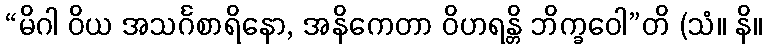
“မိဂါ ဝိယ အသင်္ဂစာရိနော, အနိကေတာ ဝိဟရန္တိ ဘိက္ခဝေါ”တိ (သံ။ နိ။